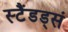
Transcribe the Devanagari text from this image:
स्टैंडड्सं